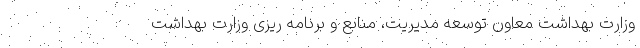
وزارت بهداشت معاون توسعه مدیریت، منابع و برنامه ریزی وزارت بهداشت